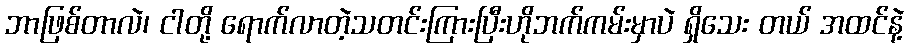
ဘာဖြစ်တာလဲ၊ ငါတို့ ရောက်လာတဲ့သတင်းကြားပြီးဟိုဘက်ကမ်းမှာပဲ ရှိသေး တယ် အထင်နဲ့